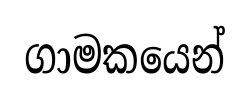
ගාමකයෙන්